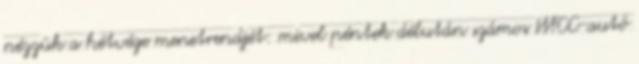
nézzük a hétvége menetrendjét: mivel péntek délután számos WTCC-autó